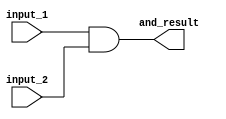
module some
	(
		input_1,
		input_2, 
		and_result);
		
	input input_1;
	input input_2;
	output and_result;
	
	wire and_temp;
	
	assign and_temp = input_1 & input_2;
	
	assign and_result = and_temp;
	
	
endmodule